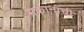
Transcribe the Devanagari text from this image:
मकानाची